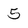
Character: 5